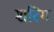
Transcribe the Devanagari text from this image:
शरिंग